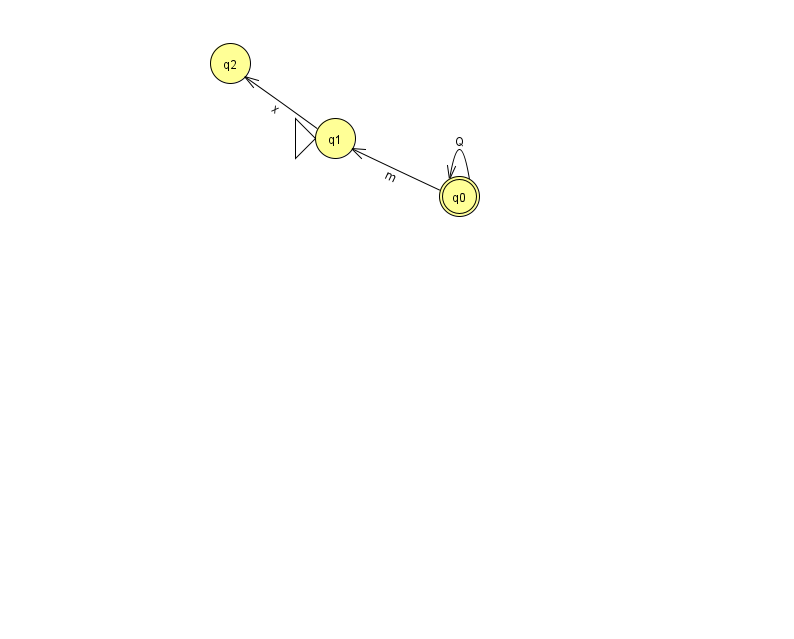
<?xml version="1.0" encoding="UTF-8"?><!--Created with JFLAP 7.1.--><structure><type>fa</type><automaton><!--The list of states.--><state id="0" name="q0"><x>459.0</x><y>183.0</y><final/></state><state id="1" name="q1"><x>335.0</x><y>125.0</y><initial/></state><state id="2" name="q2"><x>230.0</x><y>50.0</y></state><!--The list of transitions.--><transition><from>0</from><to>1</to><read>m</read></transition><transition><from>0</from><to>0</to><read>Q</read></transition><transition><from>1</from><to>2</to><read>x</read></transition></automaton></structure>